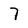
Character: 7